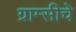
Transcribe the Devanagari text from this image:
ग्राम्सीचे